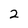
Character: 2